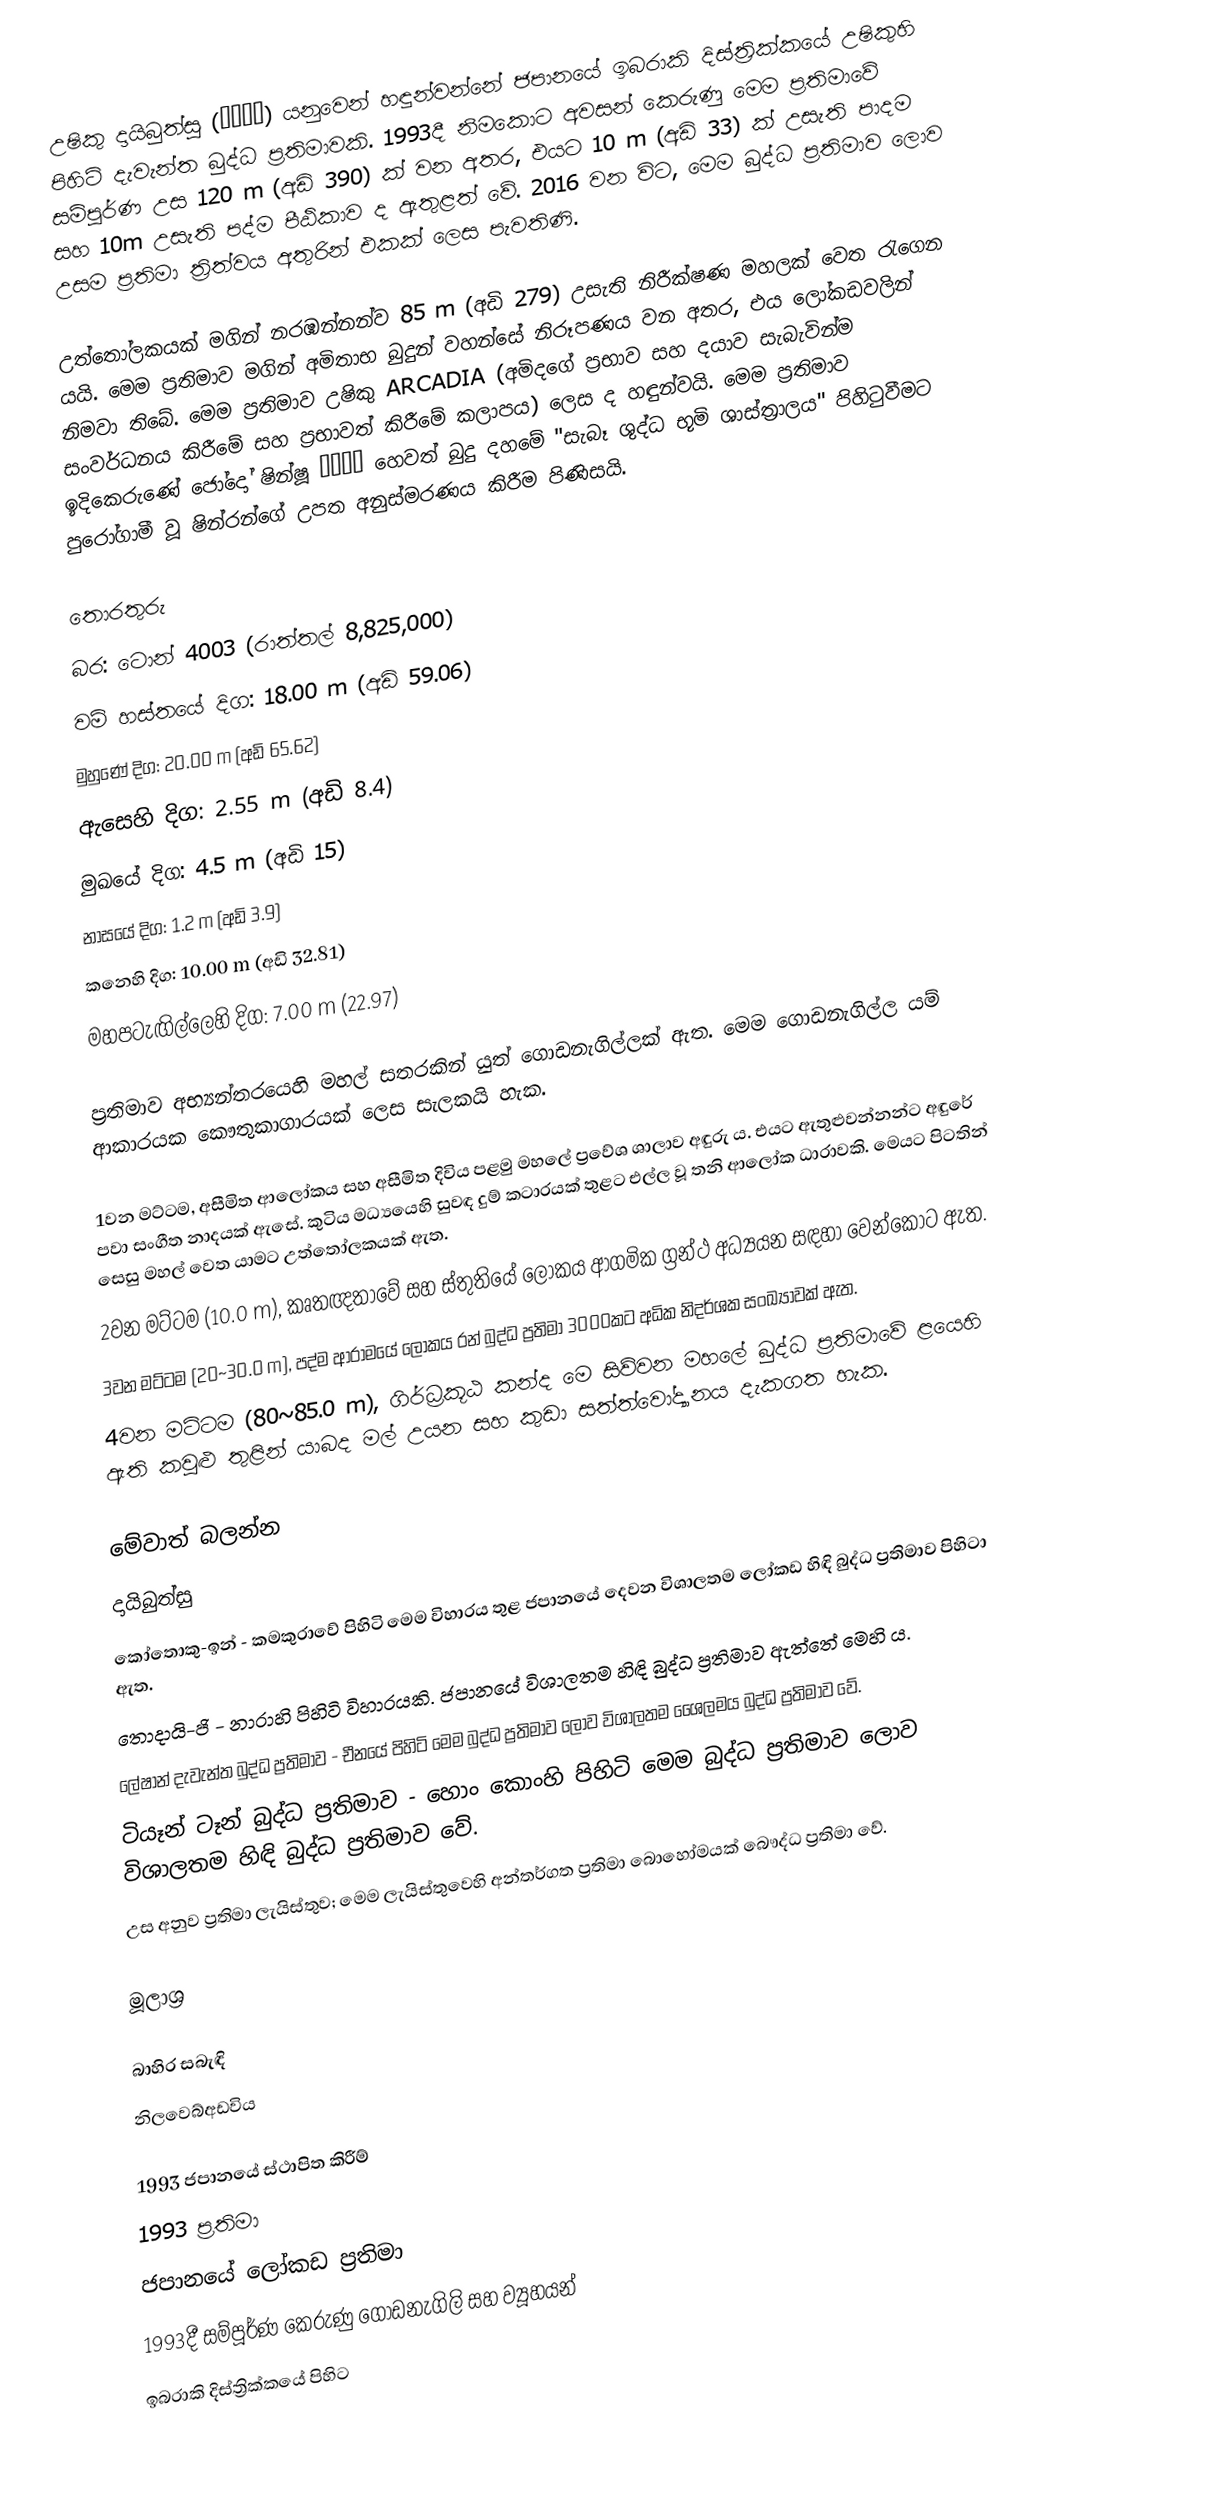
උෂිකු දායිබුත්සු (牛久大仏) යනුවෙන් හඳුන්වන්නේ ජපානයේ ඉබරාකි දිස්ත්‍රික්කයේ උෂිකුහි පිහිටි දැවැන්ත බුද්ධ ප්‍රතිමාවකි. 1993දී නිමකොට අවසන් කෙරුණු මෙම ප්‍රතිමාවේ සම්පූර්ණ උස 120 m (අඩි 390) ක් වන අතර, එයට 10 m (අඩි 33) ක් උසැති පාදම සහ 10m උසැති පද්ම පීඨිකාව ද ඇතුළත් වේ. 2016 වන විට, මෙම බුද්ධ ප්‍රතිමාව ලොව උසම ප්‍රතිමා ත්‍රිත්වය අතුරින් එකක් ලෙස පැවතිණි.

උත්තෝලකයක් මගින් නරඹන්නන්ව 85 m (අඩි 279) උසැති නිරීක්ෂණ මහලක් වෙත රැ‍ගෙන යයි. මෙම ප්‍රතිමාව මගින් අමිතාභ බුදුන් වහන්සේ නිරූපණය වන අතර, එය ලෝකඩවලින් නිමවා තිබේ. මෙම ප්‍රතිමාව උෂිකු ARCADIA (අමිදගේ ප්‍රභාව සහ දයාව සැබැවින්ම සංවර්ධනය කිරීමේ සහ ප්‍රභාවත් කිරීමේ කලාපය) ලෙස ද හඳුන්වයි. මෙම ප්‍රතිමාව ඉදිකෙරුණේ ජෝදෝ ෂින්ෂූ 浄土真宗 හෙවත් බුදු දහමේ "සැබෑ ශුද්ධ භූමි ශාස්ත්‍රාලය" පිහිටුවීමට පුරෝගාමී වූ ෂින්රන්ගේ උපත අනුස්මරණය කිරීම පිණිසයි.

තොරතුරු
බර: ටොන් 4003 (රාත්තල් 8,825,000)
වම් හස්තයේ දිග: 18.00 m (අඩි 59.06)
මුහුණේ දිග: 20.00 m (අඩි 65.62)
ඇසෙහි දිග: 2.55 m (අඩි 8.4)
මුඛයේ දිග: 4.5 m (අඩි 15)
නාසයේ දිග: 1.2 m (අඩි 3.9)
කනෙහි දිග: 10.00 m (අඩි 32.81)
මහපටැඟිල්ලෙහි දිග: 7.00 m (22.97)

ප්‍රතිමාව අභ්‍යන්තරයෙහි මහල් සතරකින් යුත් ගොඩනැගිල්ලක් ඇත. මෙම ගොඩනැගිල්ල යම් ආකාරයක කෞතුකාගාරයක් ලෙස සැලකයි හැක.

 1වන මට්ටම, අසීමිත ආලෝකය සහ අසීමිත දිවිය  පළමු මහලේ ප්‍රවේශ ශාලාව අඳුරු ය. එයට ඇතුළුවන්නන්ට අඳුරේ පවා සංගීත නාදයක් ඇසේ. කුටිය මධ්‍යයෙහි සුවඳ දුම් කටාරයක් තුළට එල්ල වූ තනි ආලෝක ධාරාවකි. මෙයට පිටතින් සෙසු මහල් වෙත යාමට උත්තෝලකයක් ඇත.
 2වන මට්ටම (10.0 m), කෘතඥතාවේ සහ ස්තුතියේ ලෝකය  ආගමික ග්‍රන්ථ අධ්‍යයන සඳහා වෙන්කොට ඇත.
 3වන මට්ටම (20~30.0 m), පද්ම ආරාමයේ ලෝකය  රන් බුද්ධ ප්‍රතිමා 3000කට අධික නිදර්ශක සංඛ්‍යාවක් ඇත.
 4වන මට්ටම (80~85.0 m), ගිර්ධ්‍රකූඨ කන්ද  මෙ සිව්වන මහලේ බුද්ධ ප්‍රතිමාවේ ළයෙහි ඇති කවුළු තුළින් යාබද මල් උයන සහ කුඩා සත්ත්වෝද්‍යානය දැකගත හැක.

මේවාත් බලන්න
දායිබුත්සු
කෝතොකු-ඉන් - කමකුරාවේ පිහිටි මෙම විහාරය තුළ ජපානයේ දෙවන විශාලතම ලෝකඩ හිඳි බුද්ධ ප්‍රතිමාව පිහිටා ඇත.
තොදායි-ජි - නාරාහි පිහිටි විහාරයකි. ජපානයේ විශාලතම හිඳි බුද්ධ ප්‍රතිමාව ඇත්තේ මෙහි ය.
ලේෂාන් දැවැන්ත බුද්ධ ප්‍රතිමාව - චීනයේ පිහිටි මෙම බුද්ධ ප්‍රතිමාව ලොව විශාලතම ශෛලමය බුද්ධ ප්‍රතිමාව වේ.
ටියෑන් ටෑන් බුද්ධ ප්‍රතිමාව - හොං කොංහි පිහිටි මෙම බුද්ධ ප්‍රතිමාව ලොව විශාලතම හිඳි බුද්ධ ප්‍රතිමාව වේ.
උස අනුව ප්‍රතිමා ලැයිස්තුව; මෙම ලැයිස්තුවෙහි අන්තර්ගත ප්‍රතිමා බොහෝමයක් බෞද්ධ ප්‍රතිමා වේ.

මූලාශ්‍ර

බාහිර සබැඳි
 නිලවෙබ්අඩවිය

1993 ජපානයේ ස්ථාපිත කිරීම්
1993 ප්‍රතිමා
ජපානයේ ලෝකඩ ප්‍රතිමා
1993දී සම්පූර්ණ කෙරුණු ගොඩනැගිලි සහ ව්‍යූහයන්
ඉබරාකි දිස්ත්‍රික්කයේ පිහිට